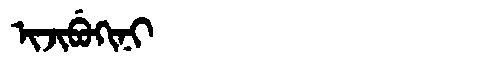
Manchu: ᡳᠵᡳᠪᡠᡴᡳᠨᡳ
Romanization: IJIBUKINI